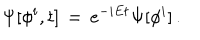
LaTeX: \Psi [ \phi ^ { i } , t ] \, = \, e ^ { - i E t } \Psi [ \phi ^ { i } ] \, .